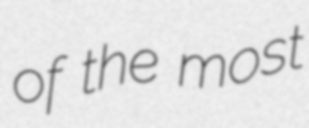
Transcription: of the most